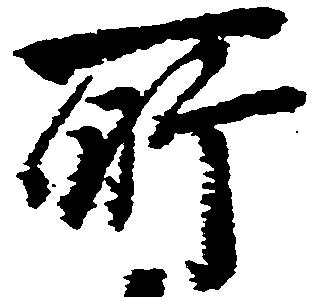
所